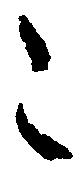
令